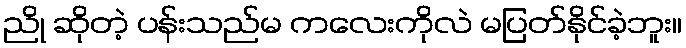
ညို ဆိုတဲ့ ပန်းသည်မ ကလေးကိုလဲ မပြတ်နိုင်ခဲ့ဘူး။